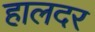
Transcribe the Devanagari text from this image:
हालदर